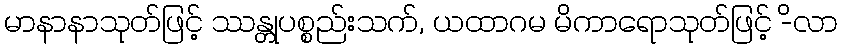
မာနာနာသုတ်ဖြင့် ဿန္တုပစ္စည်းသက်, ယထာဂမ မိကာရောသုတ်ဖြင့် -ိလာ